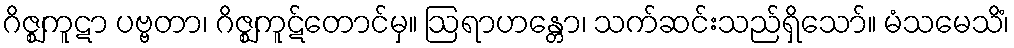
ဂိဇ္ဈကူဋာ ပဗ္ဗတာ၊ ဂိဇ္ဈကူဋ်တောင်မှ။ ဩရာဟန္တော၊ သက်ဆင်းသည်ရှိသော်။ မံသမေသိံ၊